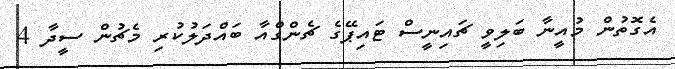
އެގޮތުން މުއީނާ ބަލިވީ ޗައިނީސް ޓައިޕޭގެ ޗެންގްއާ ބައްދަލުކުރި މެޗުން ސީދާ 4